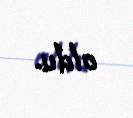
oldu.